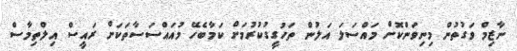
ނާޒިމް ވަގުތުން މިނިވަންކޮށް މައްސަލަ އަލުން ތަހުގީގުކުރުމަށް ކަމާބެހޭ މުއައްސަސާތަަކަށް ރައީސް އިލްތިމާސް